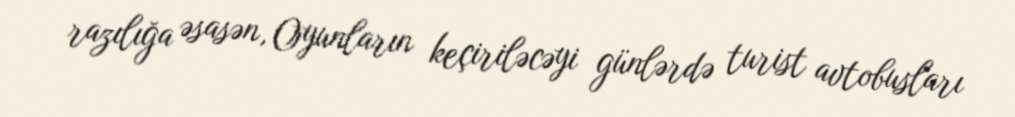
razılığa əsasən, Oyunların keçiriləcəyi günlərdə turist avtobusları